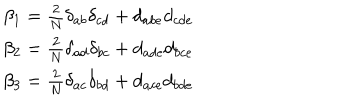
\begin{array} { c } { { \beta _ { 1 } = \frac 2 N \delta _ { a b } \delta _ { c d } + d _ { a b e } d _ { c d e } } } \\ { { \beta _ { 2 } = \frac 2 N \delta _ { a d } \delta _ { b c } + d _ { a d e } d _ { b c e } } } \\ { { \beta _ { 3 } = \frac 2 N \delta _ { a c } \delta _ { b d } + d _ { a c e } d _ { b d e } } } \\ \end{array}